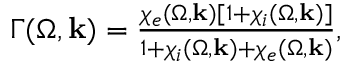
\begin{array} { r } { \Gamma ( \Omega , \mathbf { k } ) = \frac { \chi _ { e } ( \Omega , \mathbf { k } ) [ 1 + \chi _ { i } ( \Omega , \mathbf { k } ) ] } { 1 + \chi _ { i } ( \Omega , \mathbf { k } ) + \chi _ { e } ( \Omega , \mathbf { k } ) } , } \end{array}